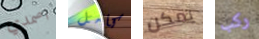
اصمدي كامل يمكن ركب